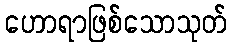
ဟောရာဖြစ်သောသုတ်